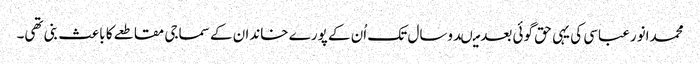
محمدانورعباسی کی یہی حق گوئی بعد میںدوسال تک اُن کے پورے خاندان کے سماجی مقاطعے کا باعث بنی تھی۔